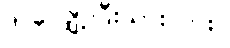
ဒါ လျှော့ပြီးသားလား။